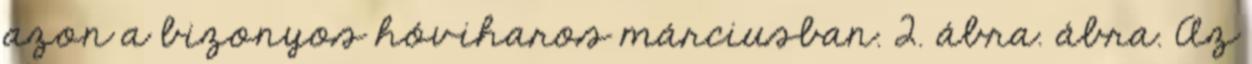
azon a bizonyos hóviharos márciusban. 2. ábra. ábra. Az